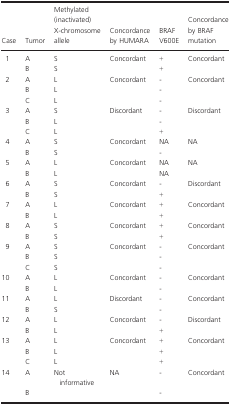
<table><thead><tr><td><b>Case</b></td><td><b>Tumor</b></td><td><b>Methylated (inactivated) X-chromosome allele</b></td><td><b>Concordance by HUMARA</b></td><td><b>BRAF V600E</b></td><td><b>Concordance by BRAF mutation</b></td></tr></thead><tbody><tr><td rowspan="2">1</td><td>A</td><td>S</td><td>Concordant</td><td>+</td><td>Concordant</td></tr><tr><td>B</td><td>S</td><td></td><td>+</td><td></td></tr><tr><td rowspan="3">2</td><td>A</td><td>L</td><td>Concordant</td><td>-</td><td>Concordant</td></tr><tr><td>B</td><td>L</td><td></td><td>-</td><td></td></tr><tr><td>C</td><td>L</td><td></td><td>-</td><td></td></tr><tr><td rowspan="3">3</td><td>A</td><td>S</td><td>Discordant</td><td>-</td><td>Discordant</td></tr><tr><td>B</td><td>L</td><td></td><td>-</td><td></td></tr><tr><td>C</td><td>L</td><td></td><td>+</td><td></td></tr><tr><td rowspan="2">4</td><td>A</td><td>S</td><td>Concordant</td><td>NA</td><td>NA</td></tr><tr><td>B</td><td>S</td><td></td><td>-</td><td></td></tr><tr><td rowspan="2">5</td><td>A</td><td>L</td><td>Concordant</td><td>NA</td><td>NA</td></tr><tr><td>B</td><td>L</td><td></td><td>NA</td><td></td></tr><tr><td rowspan="2">6</td><td>A</td><td>S</td><td>Concordant</td><td>-</td><td>Discordant</td></tr><tr><td>B</td><td>S</td><td></td><td>+</td><td></td></tr><tr><td rowspan="2">7</td><td>A</td><td>L</td><td>Concordant</td><td>+</td><td>Concordant</td></tr><tr><td>B</td><td>L</td><td></td><td>+</td><td></td></tr><tr><td rowspan="2">8</td><td>A</td><td>S</td><td>Concordant</td><td>+</td><td>Concordant</td></tr><tr><td>B</td><td>S</td><td></td><td>+</td><td></td></tr><tr><td rowspan="3">9</td><td>A</td><td>S</td><td>Concordant</td><td>-</td><td>Concordant</td></tr><tr><td>B</td><td>S</td><td></td><td>-</td><td></td></tr><tr><td>C</td><td>S</td><td></td><td>-</td><td></td></tr><tr><td rowspan="2">10</td><td>A</td><td>L</td><td>Concordant</td><td>-</td><td>Concordant</td></tr><tr><td>B</td><td>L</td><td></td><td>-</td><td></td></tr><tr><td rowspan="2">11</td><td>A</td><td>L</td><td>Discordant</td><td>-</td><td>Concordant</td></tr><tr><td>B</td><td>S</td><td></td><td>-</td><td></td></tr><tr><td rowspan="2">12</td><td>A</td><td>L</td><td>Concordant</td><td>-</td><td>Discordant</td></tr><tr><td>B</td><td>L</td><td></td><td>+</td><td></td></tr><tr><td rowspan="3">13</td><td>A</td><td>L</td><td>Concordant</td><td>+</td><td>Concordant</td></tr><tr><td>B</td><td>L</td><td></td><td>+</td><td></td></tr><tr><td>C</td><td>L</td><td></td><td>+</td><td></td></tr><tr><td rowspan="2">14</td><td>A</td><td>Not informative</td><td>NA</td><td>-</td><td>Concordant</td></tr><tr><td>B</td><td></td><td></td><td>-</td><td></td></tr></tbody></table>